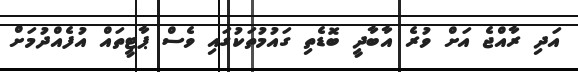
އަދި ރާއްޖެ އަށް ވުރެ އާބާދީ ބޮޑެތި ގައުމުތަކުގައި ވެސް ޕާޓީތައް އުފެއްދުމަށް